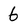
Character: 6